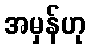
အမှန်ဟု